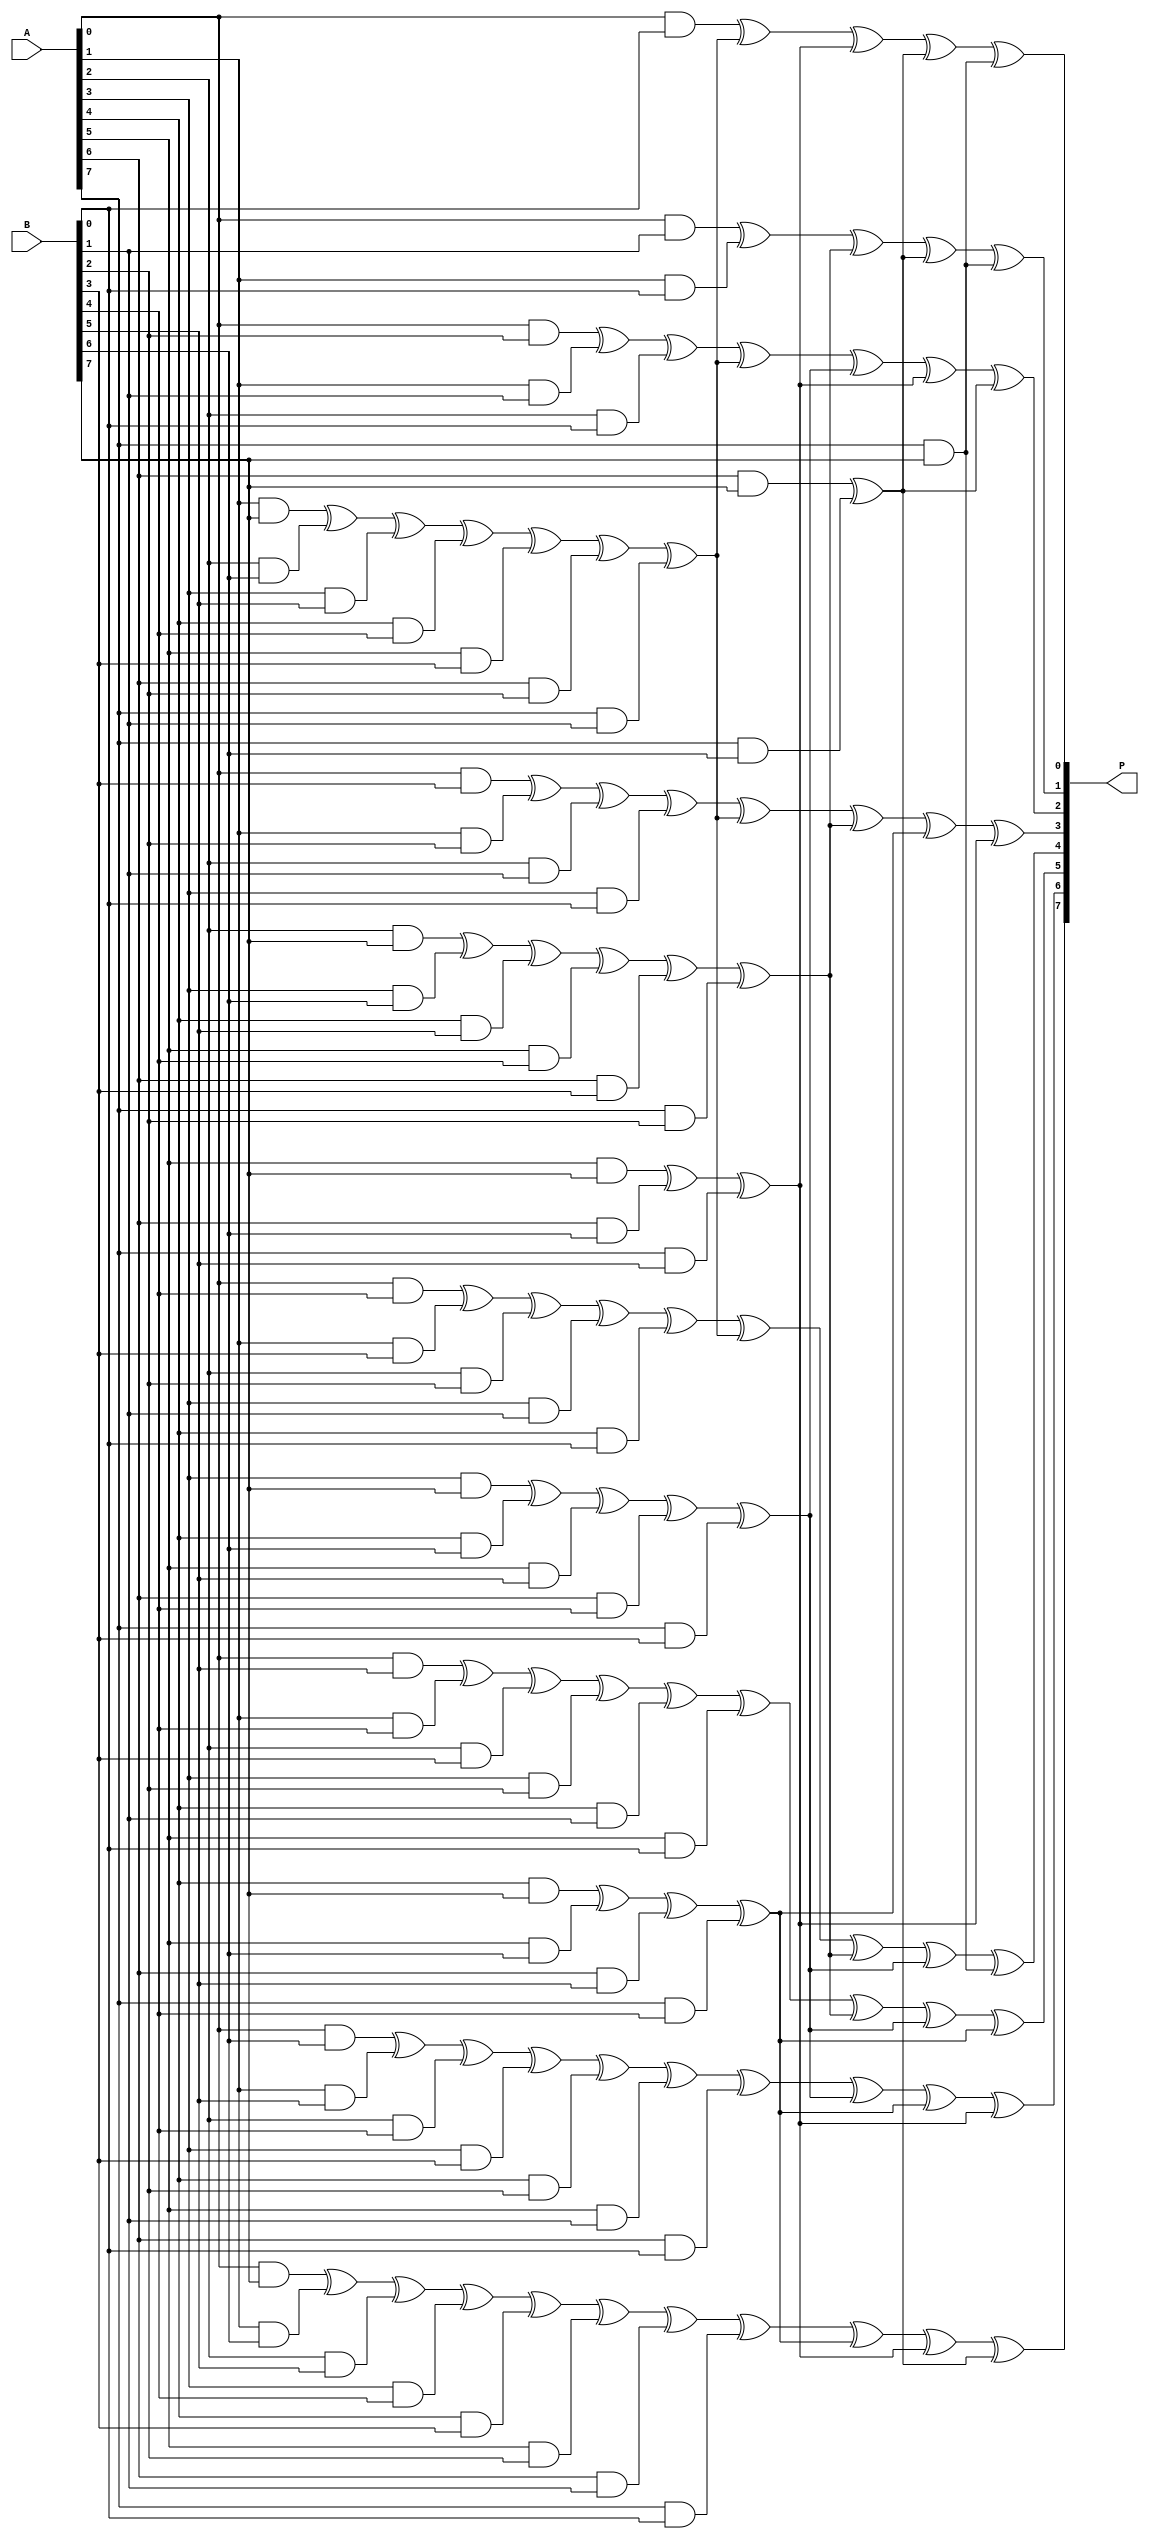
module gf2_8_mul(
        input wire [7:0]    A   ,  //
        input wire [7:0]    B   ,  //
        
        output wire[7:0]    P      //
    );
    
    //714,15bit
    //GF(2^8),,
    wire [14:0]  t_reg       ;   
    
    //GF(2^8),
    assign t_reg[0]  = (A[0] & B[0]); 
    assign t_reg[1]  = (A[0] & B[1]) ^ (A[1] & B[0]);
    assign t_reg[2]  = (A[0] & B[2]) ^ (A[1] & B[1]) ^ (A[2] & B[0]);
    assign t_reg[3]  = (A[0] & B[3]) ^ (A[1] & B[2]) ^ (A[2] & B[1]) ^ (A[3] & B[0]);
    assign t_reg[4]  = (A[0] & B[4]) ^ (A[1] & B[3]) ^ (A[2] & B[2]) ^ (A[3] & B[1]) ^ (A[4] & B[0]);
    assign t_reg[5]  = (A[0] & B[5]) ^ (A[1] & B[4]) ^ (A[2] & B[3]) ^ (A[3] & B[2]) ^ (A[4] & B[1]) ^ (A[5] & B[0]); 
    assign t_reg[6]  = (A[0] & B[6]) ^ (A[1] & B[5]) ^ (A[2] & B[4]) ^ (A[3] & B[3]) ^ (A[4] & B[2]) ^ (A[5] & B[1]) ^ (A[6] & B[0]);
    assign t_reg[7]  = (A[0] & B[7]) ^ (A[1] & B[6]) ^ (A[2] & B[5]) ^ (A[3] & B[4]) ^ (A[4] & B[3]) ^ (A[5] & B[2]) ^ (A[6] & B[1]) ^ (A[7] & B[0]);
    assign t_reg[8]  = (A[1] & B[7]) ^ (A[2] & B[6]) ^ (A[3] & B[5]) ^ (A[4] & B[4]) ^ (A[5] & B[3]) ^ (A[6] & B[2]) ^ (A[7] & B[1]);
    assign t_reg[9]  = (A[2] & B[7]) ^ (A[3] & B[6]) ^ (A[4] & B[5]) ^ (A[5] & B[4]) ^ (A[6] & B[3]) ^ (A[7] & B[2]);
    assign t_reg[10] = (A[3] & B[7]) ^ (A[4] & B[6]) ^ (A[5] & B[5]) ^ (A[6] & B[4]) ^ (A[7] & B[3]);
    assign t_reg[11] = (A[4] & B[7]) ^ (A[5] & B[6]) ^ (A[6] & B[5]) ^ (A[7] & B[4]);
    assign t_reg[12] = (A[5] & B[7]) ^ (A[6] & B[6]) ^ (A[7] & B[5]);
    assign t_reg[13] = (A[6] & B[7]) ^ (A[7] & B[6]);
    assign t_reg[14] = (A[7] & B[7]);
    
    
    assign P[0] = t_reg[0] ^ t_reg[8]  ^ t_reg[12] ^ t_reg[13] ^ t_reg[14];
    assign P[1] = t_reg[1] ^ t_reg[9]  ^ t_reg[13] ^ t_reg[14]            ;
    assign P[2] = t_reg[2] ^ t_reg[8]  ^ t_reg[10] ^ t_reg[12] ^ t_reg[13];
    assign P[3] = t_reg[3] ^ t_reg[8]  ^ t_reg[9]  ^ t_reg[11] ^ t_reg[12];
    assign P[4] = t_reg[4] ^ t_reg[8]  ^ t_reg[9]  ^ t_reg[10] ^ t_reg[14];
    assign P[5] = t_reg[5] ^ t_reg[9]  ^ t_reg[10] ^ t_reg[11]            ;
    assign P[6] = t_reg[6] ^ t_reg[10] ^ t_reg[11] ^ t_reg[12]            ;
    assign P[7] = t_reg[7] ^ t_reg[11] ^ t_reg[12] ^ t_reg[13]            ;
    
endmodule